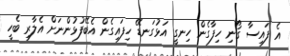
އެ ފައިސާ ގޯނި ހިފާގެން ހިނގީ އަޅުގަނޑޭ ހިފައިގެން އެބޭފުޅުންނަށް އެލާރި ބެހީ